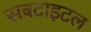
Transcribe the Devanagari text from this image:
सबटाइटल